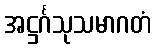
အဋ္ဌင်္ဂသုသမာဂတံ